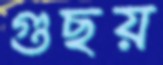
গুছয়